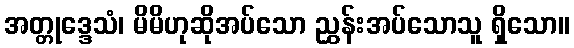
အတ္တုဒ္ဒေသံ၊ မိမိဟုဆိုအပ်သော ညွှန်းအပ်သောသူ ရှိသော။